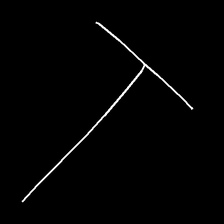
Glyph: column